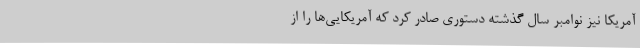
آمریکا نیز نوامبر سال گذشته دستوری صادر کرد که آمریکایی‌ها را از